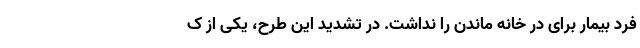
فرد بیمار برای در خانه ماندن را نداشت. در تشدید این طرح، یکی از ک